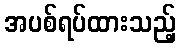
အပစ်ရပ်ထားသည့်